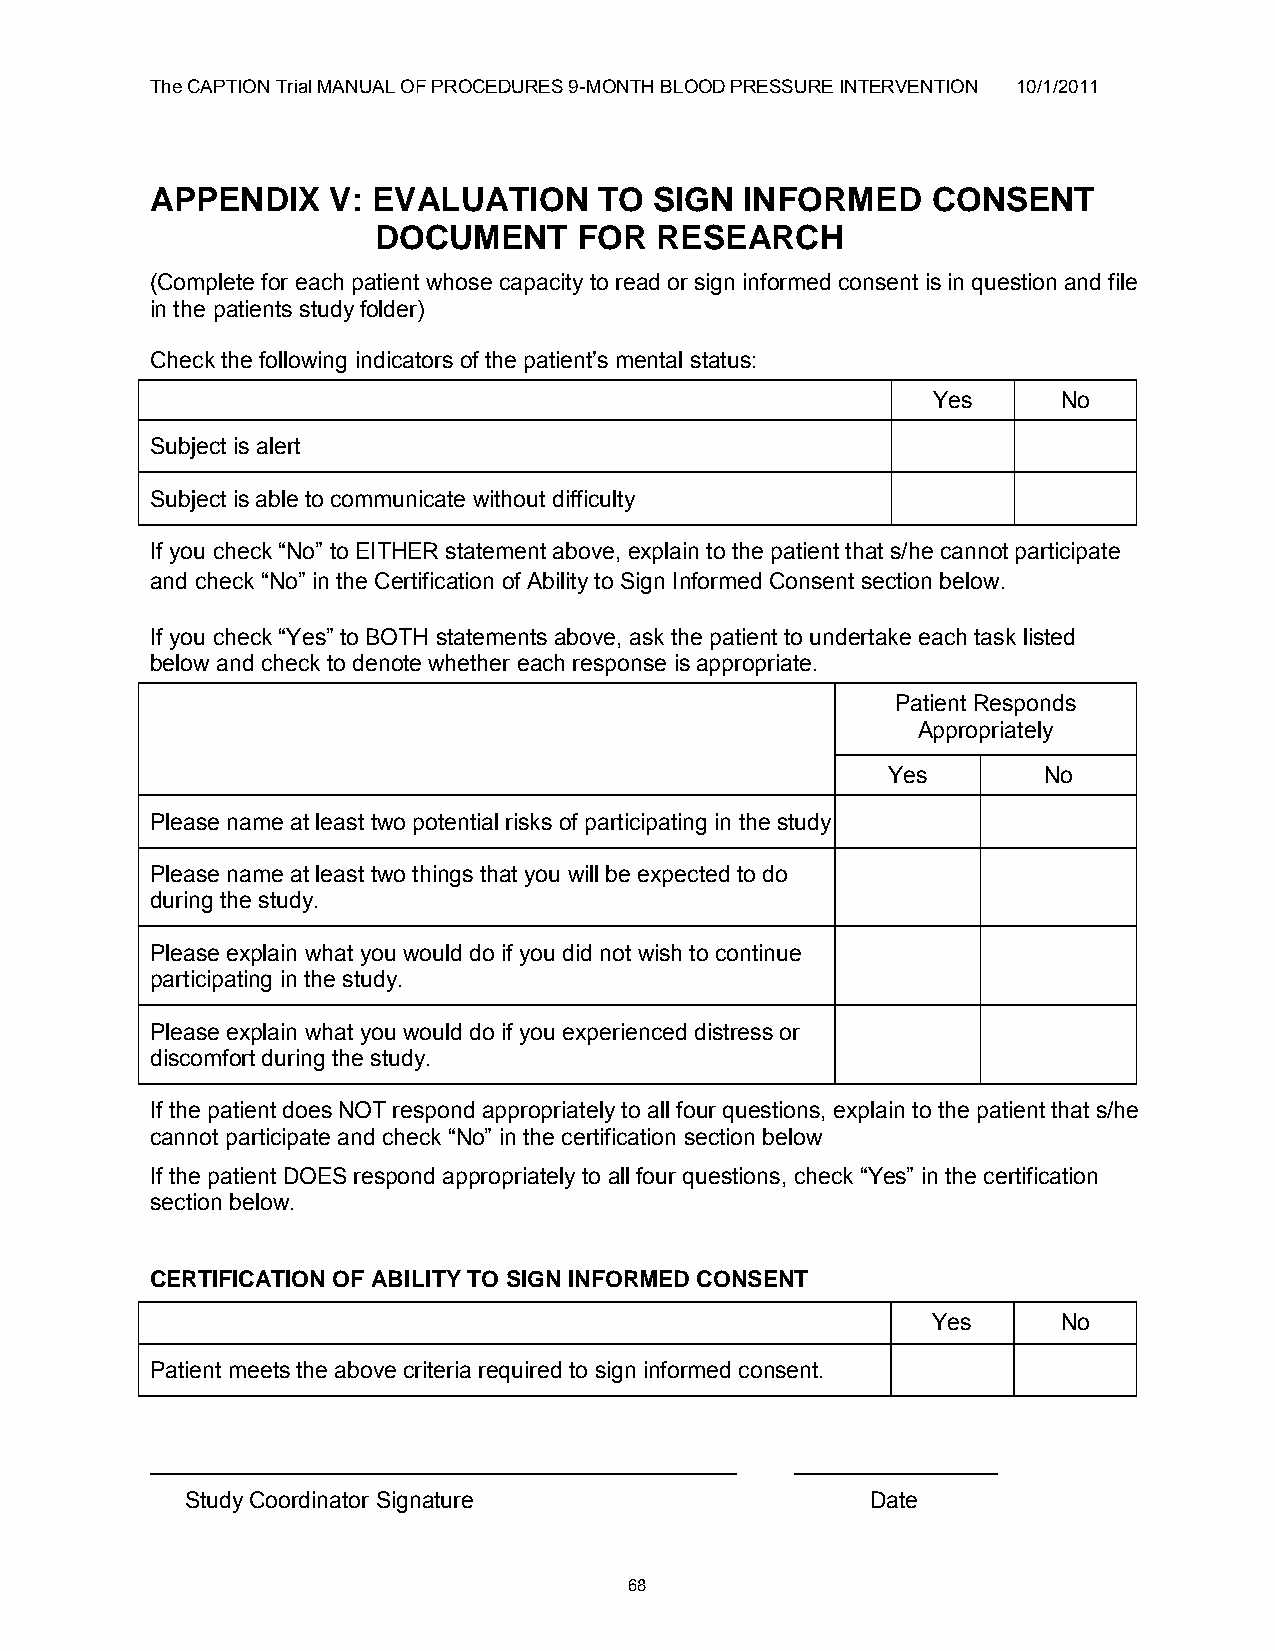
The CAPTION Trial MANUAL OF PROCEDURES 9-MONTH BLOOD PRESSURE INTERVENTION 10/1/2011
 APPENDIX    V: EVALUATION     TO SIGN  INFORMED     CONSENT
 DOCUMENT     FOR  RESEARCH
 (Complete for each patient whose capacity to read or sign informed consent is in question and file
 in the patients study folder)
 Check the following indicators of the patient‟s mental status:
 Yes     No
 Subject is alert
 Subject is able to communicate without difficulty
 If you check “No” to EITHER statement above, explain to the patient that s/he cannot participate
 and check “No” in the Certification of Ability to Sign Informed Consent section below.
 If you check “Yes” to BOTH statements above, ask the patient to undertake each task listed
 below and check to denote whether each response is appropriate.
 Patient Responds
 Appropriately
 Yes       No
 Please name at least two potential risks of participating in the study.
 Please name at least two things that you will be expected to do
 during the study.
 Please explain what you would do if you did not wish to continue
 participating in the study.
 Please explain what you would do if you experienced distress or
 discomfort during the study.
 If the patient does NOT respond appropriately to all four questions, explain to the patient that s/he
 cannot participate and check “No” in the certification section below
 If the patient DOES respond appropriately to all four questions, check “Yes” in the certification
 section below.
 CERTIFICATION OF ABILITY TO SIGN INFORMED CONSENT
 Yes     No
 Patient meets the above criteria required to sign informed consent.
 ______________________________________________ ________________
 Study Coordinator Signature                   Date
 68